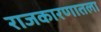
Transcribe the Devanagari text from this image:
राजकारणातला